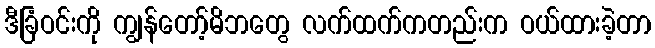
ဒီခြံဝင်းကို ကျွန်တော့်မိဘတွေ လက်ထက်ကတည်းက ဝယ်ထားခဲ့တာ